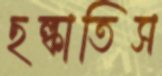
ছল্‌কাতিস